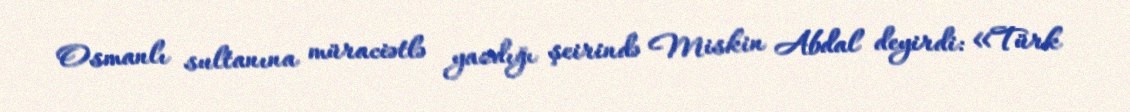
Osmanlı sultanına müraciətlə yazdığı şeirində Miskin Abdal deyirdi: «Türk